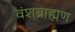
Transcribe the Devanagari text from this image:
वंशब्राह्मण